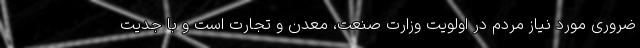
ضروری مورد نیاز مردم در اولویت وزارت صنعت، معدن و تجارت است و با جدیت